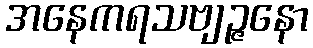
အနေကရသဗျဉ္ဇနော